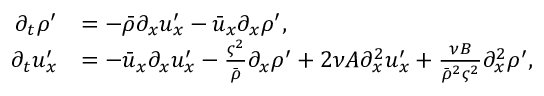
\begin{array} { r l } { \partial _ { t } \rho ^ { \prime } } & { = - \bar { \rho } \partial _ { x } u _ { x } ^ { \prime } - \bar { u } _ { x } \partial _ { x } \rho ^ { \prime } , } \\ { \partial _ { t } u _ { x } ^ { \prime } } & { = - \bar { u } _ { x } \partial _ { x } u _ { x } ^ { \prime } - \frac { \varsigma ^ { 2 } } { \bar { \rho } } \partial _ { x } \rho ^ { \prime } + 2 \nu A \partial _ { x } ^ { 2 } u _ { x } ^ { \prime } + \frac { \nu B } { \bar { \rho } ^ { 2 } \varsigma ^ { 2 } } \partial _ { x } ^ { 2 } \rho ^ { \prime } , } \end{array}